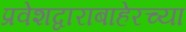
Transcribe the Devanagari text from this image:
प्रवेशद्वाराबाहेरच्या